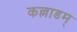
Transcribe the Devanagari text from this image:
कल्लाडम्